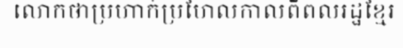
លោកថាប្រហាក់ប្រហែលកាលពីពលរដ្ឋខ្មែរ